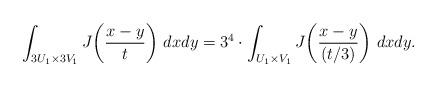
LaTeX: \begin{align*}\int_{3U_1 \times 3V_1} J \bigg( \frac{x-y}{t} \bigg) \ dxdy = 3^4 \cdot \int_{U_1 \times V_1} J \bigg( \frac{x-y}{(t/3)} \bigg) \ dxdy.\end{align*}